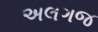
અલગજ